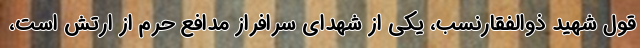
قول شهید ذوالفقارنسب، یکی از شهدای سرافراز مدافع حرم از ارتش است،